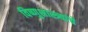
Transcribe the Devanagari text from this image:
विष्णुशास्त्र्यांचे